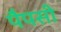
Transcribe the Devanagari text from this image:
पैपसी